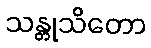
သန္တုသိတော